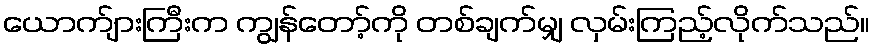
ယောက်ျားကြီးက ကျွန်တော့်ကို တစ်ချက်မျှ လှမ်းကြည့်လိုက်သည်။